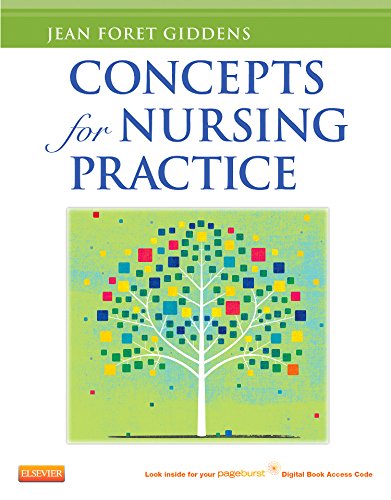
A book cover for Concepts for Nursing Practice (with Pageburst Digital Book Access on VST), 1e; Jean Foret Giddens PhD  RN  FAAN; Medical Books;